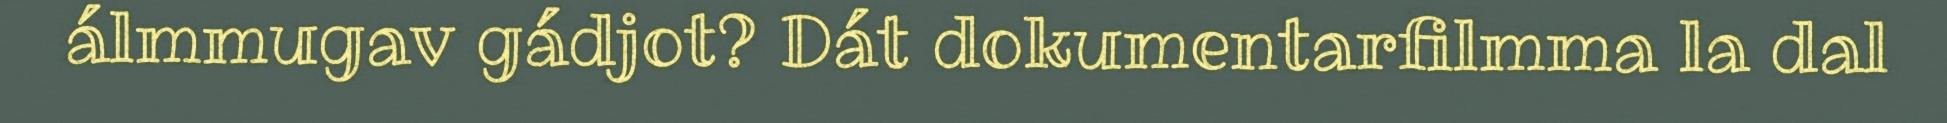
álmmugav gádjot? Dát dokumentarfilmma la dal